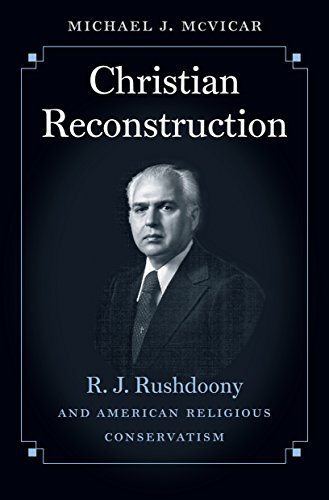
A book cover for Christian Reconstruction: R. J. Rushdoony and American Religious Conservatism; Michael Joseph McVicar; Religion & Spirituality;